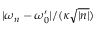
| \omega _ { n } - \omega _ { 0 } ^ { \prime } | / ( \kappa \sqrt { | n | } )